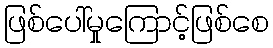
ဖြစ်ပေါ်မှုကြောင့်ဖြစ်စေ